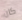
كان